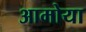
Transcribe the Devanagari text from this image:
आमोया